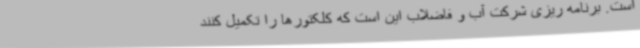
است. برنامه ریزی شرکت آب و فاضلاب این است که کلکتورها را تکمیل کنند